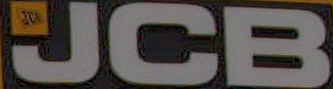
UCB